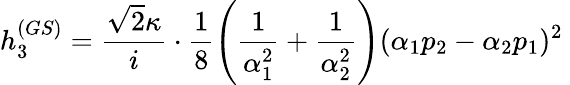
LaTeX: h_{3}^{(GS)}=\frac{\sqrt{2}\kappa}{i}\cdot\frac{1}{8}\left(\frac{1}{\alpha_{1}^{2}}+\frac{1}{\alpha_{2}^{2}}\right)(\alpha_{1}p_{2}-\alpha_{2}p_{1})^{2}~